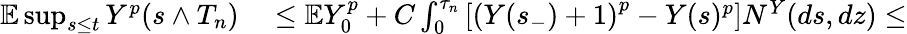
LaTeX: \begin{array}{rl}{\mathbb{E}\operatorname*{sup}_{s\leq t}Y^{p}(s\wedge T_{n})}&{{}\leq\mathbb{E}Y_{0}^{p}+C\int_{0}^{\tau_{n}}\left[\left(Y(s_{-})+1\right)^{p}-Y(s)^{p}\right]N^{Y}(ds,dz)\leq}\end{array}